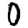
Digit: 0